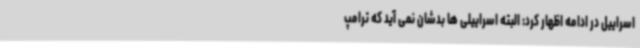
اسراییل در ادامه اظهار کرد: البته اسراییلی ها بدشان نمی آید که ترامپ